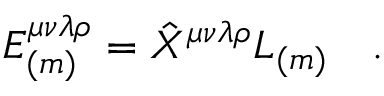
E _ { ( m ) } ^ { \mu \nu \lambda \rho } = \hat { X } ^ { \mu \nu \lambda \rho } L _ { ( m ) } ~ ~ ~ .